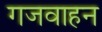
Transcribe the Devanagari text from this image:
गजवाहन